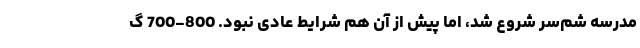
مدرسه شمّ‌سر شروع شد، اما پیش از آن هم شرایط عادی نبود. 800-700 گ